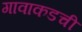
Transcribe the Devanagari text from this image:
गावाकडची